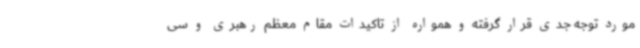
مورد توجه جدی قرار گرفته و همواره از تاکیدات مقام معظم رهبری و سی